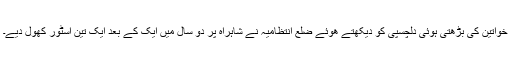
خواتین کی بڑھتی ہوئی دلچسپی کو دیکھتے هوئے ضلع انتظامیہ نے شاہراہ پر دو سال میں ایک کے بعد ایک تین اسٹور کھول دیے۔